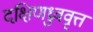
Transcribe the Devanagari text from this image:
दक्षिणध्रुववृत्त